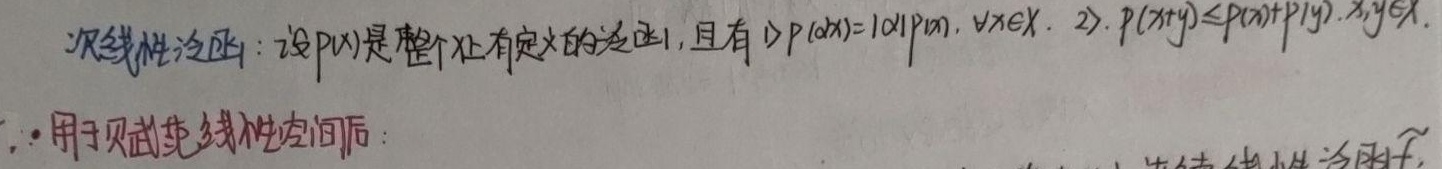
次线性泛函：设 \(p(x)\) 是整个 \(X\) 上有定义的泛函，且有
1. \(p(\alpha x)=|\alpha|p(x)\)，\(\forall x\in X\)；
2. \(p(x + y)\leq p(x)+p(y)\)，\(x,y\in X\)。

\(\therefore\) 用于赋范线性空间后：